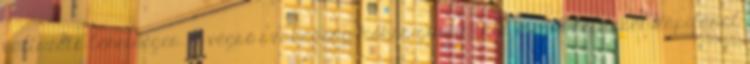
változata lehetséges. A végső szabadság móksa gnosztikus megközelítését Kapilánál